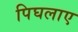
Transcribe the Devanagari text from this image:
पिघलाए